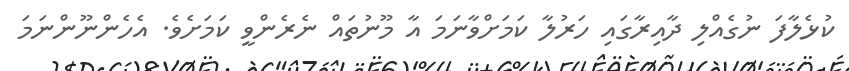
ކުޅެލާފަ ނުގެއްލި ދާއިރާގައި ހަރުލާ ކަމަށްވާނަމަ އާ މޫނުތައް ނެރެންވީ ކަމަށެވެ. އެހެންނޫންނަމަ